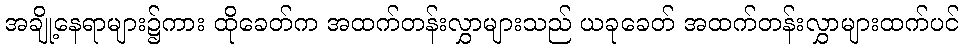
အချို့နေရာများ၌ကား ထိုခေတ်က အထက်တန်းလွှာများသည် ယခုခေတ် အထက်တန်းလွှာများထက်ပင်